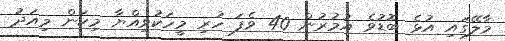
މާލޭގައި އުޅެ ބޮޑުވެ އުމުރުން 40 ވެފަ ހުރި މީހަކުވިއްޔާ މިކަން މިއަދު